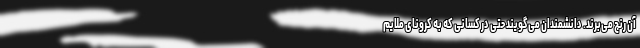
آن رنج می‌برند. دانشمندان می‌گویند حتی در کسانی که به کرونای ملایم